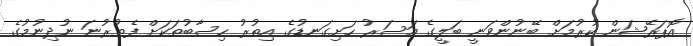
އޮޕަރޭޝަން ކުރުމަށް ބޭނުންވަނީ ބަލީގެ އަސަރު ހަށިގަނޑުގެ އިތުރު ހިސާބުތަކަށް ފެތުރުނަ ނުދިނުމުގެ